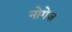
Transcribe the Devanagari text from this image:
नोगेज़